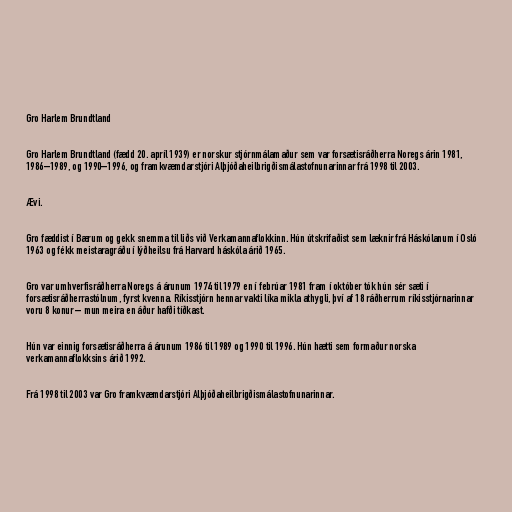
Gro Harlem Brundtland

Gro Harlem Brundtland (fædd 20. apríl 1939) er norskur stjórnmálamaður sem var forsætisráðherra Noregs árin 1981,
1986–1989, og 1990–1996, og framkvæmdarstjóri Alþjóðaheilbrigðismálastofnunarinnar frá 1998 til 2003.

Ævi.

Gro fæddist í Bærum og gekk snemma til liðs við Verkamannaflokkinn. Hún útskrifaðist sem læknir frá Háskólanum í Osló
1963 og fékk meistaragráðu í lýðheilsu frá Harvard háskóla árið 1965.

Gro var umhverfisráðherra Noregs á árunum 1974 til 1979 en í febrúar 1981 fram í október tók hún sér sæti í
forsætisráðherrastólnum, fyrst kvenna. Ríkisstjórn hennar vakti líka mikla athygli, því af 18 ráðherrum ríkisstjórnarinnar
voru 8 konur – mun meira en áður hafði tíðkast.

Hún var einnig forsætisráðherra á árunum 1986 til 1989 og 1990 til 1996. Hún hætti sem formaður norska
verkamannaflokksins árið 1992.

Frá 1998 til 2003 var Gro framkvæmdarstjóri Alþjóðaheilbrigðismálastofnunarinnar.